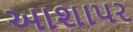
આશાપર